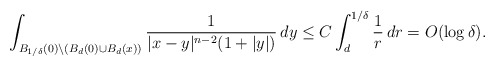
\begin{align*} \int_{B_{1/\delta}(0)\backslash (B_d(0)\cup B_d(x))}\frac{1}{|x-y|^{n-2}(1+|y|)}\, dy &\leq C\int_d^{1/\delta}\frac{1}{r}\, dr=O(\log \delta).\end{align*}